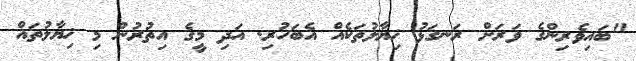
"ބަައިވެރިންގެ ވަރަށް ރަނގަޅު ޚިޔާލުތަކެއް އެބަހުރި. އަދި މީގެ އިތުރުން މި ޚިޔާލުތައް